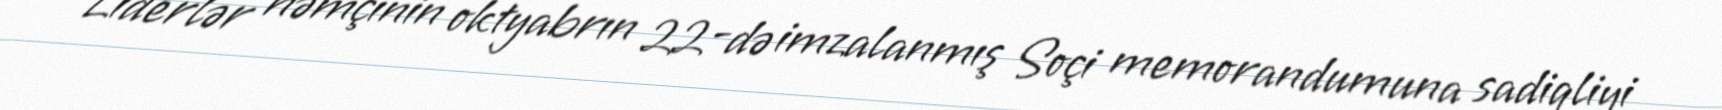
Liderlər həmçinin oktyabrın 22-də imzalanmış Soçi memorandumuna sadiqliyi